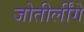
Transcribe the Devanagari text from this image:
जोतीर्लींगे